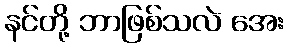
နင်တို့ ဘာဖြစ်သလဲ အေး